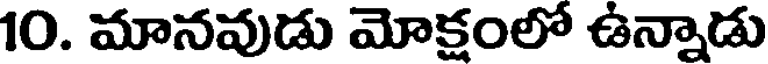
10. మానవుడు మోక్షంలో ఉన్నాడు